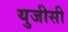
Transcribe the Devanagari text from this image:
युजीसी